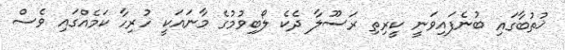
ޚުތުބާގައި ބުނެފައިވަނީ ކީރިތި ރަސޫލާ ދެކެ ލޯބިވުމުގެ މާނައަކީ ހުރިހާ ކަމެއްގައި ވެސް